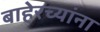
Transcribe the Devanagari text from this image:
बाहेरच्यांना